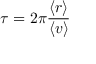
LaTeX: \tau = 2 \pi \frac { \langle r \rangle } { \langle v \rangle }